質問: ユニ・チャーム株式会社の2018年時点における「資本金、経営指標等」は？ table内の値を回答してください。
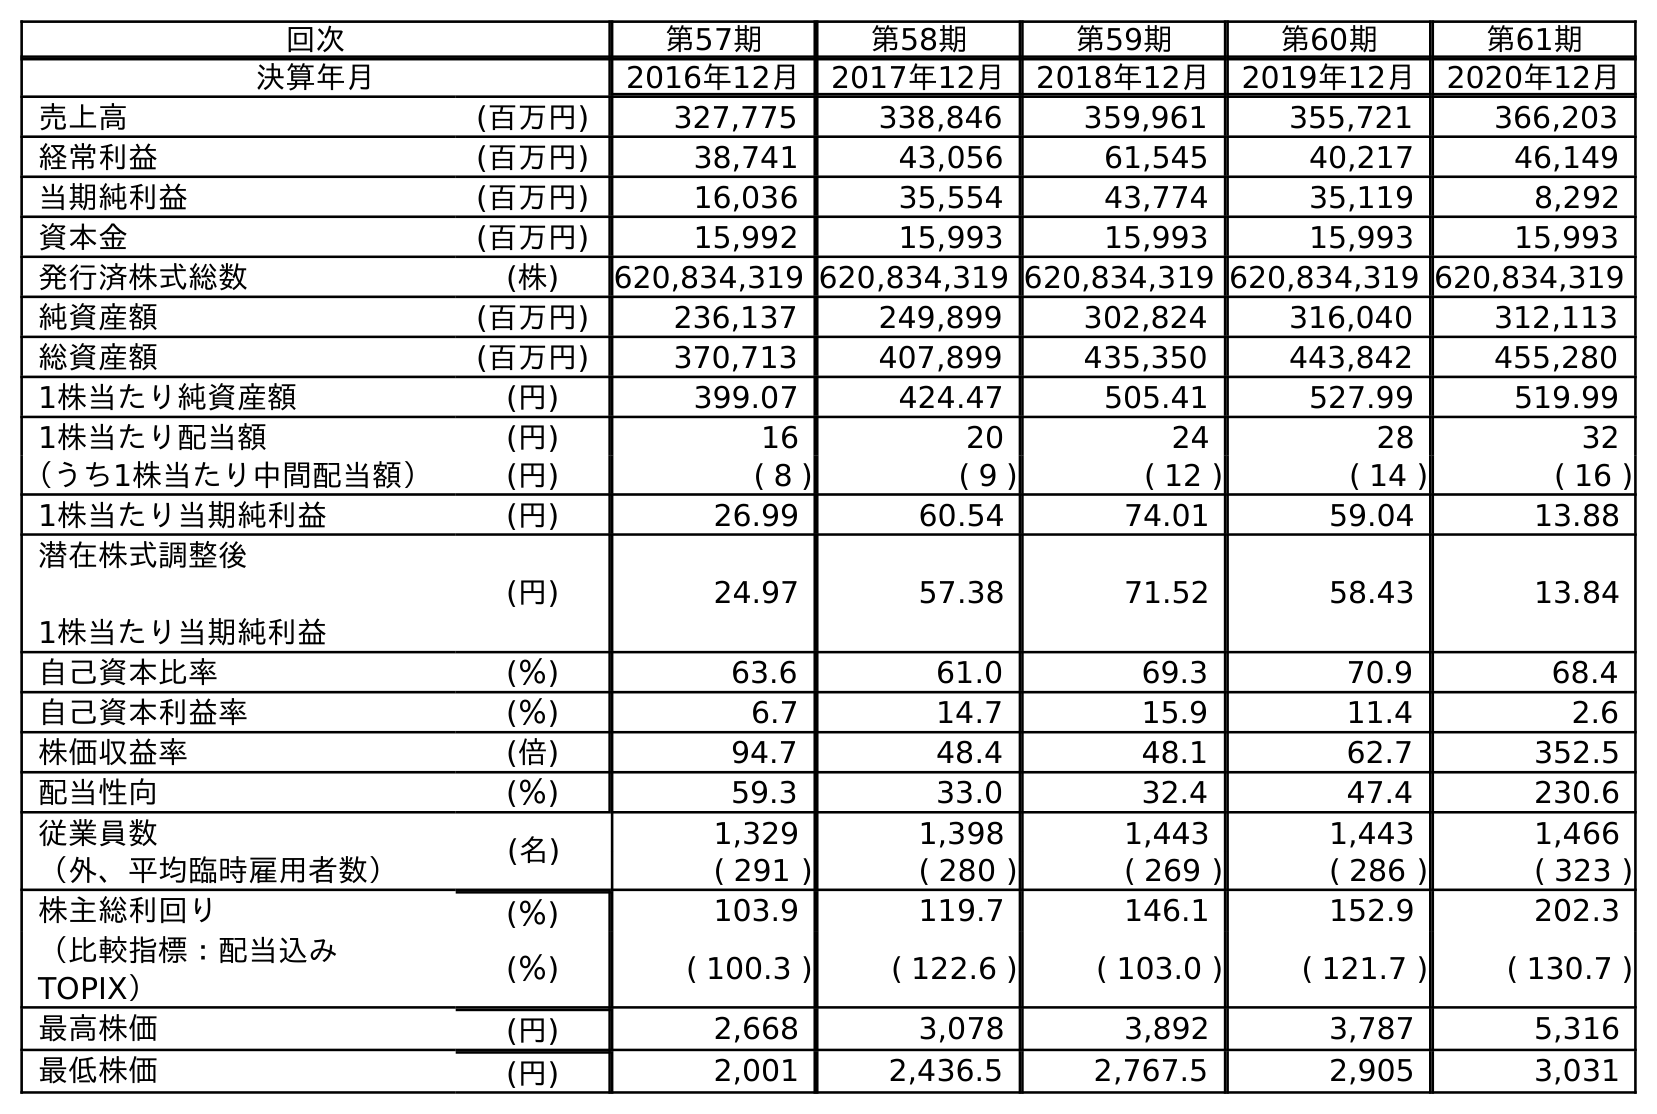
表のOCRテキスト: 回次 第57期 第58期 第59期 第60期 第61期 決算年月 2016年12月 2017年12月 2018年12月 2019年12月 2020年12月 売上高 (百万円) 327,775 338,846 359,961 355,721 366,203 経常利益 (百万円) 38,741 43,056 61,545 40,217 46,149 当期純利益 (百万円) 16,036 35,554 43,774 35,119 8,292 資本金 (百万円) 15,992 15,993 15,993 15,993 15,993 発行済株式総数 (株) 620,834,319 620,834,319 620,834,319 620,834,319 620,834,319 純資産額 (百万円) 236,137 249,899 302,824 316,040 312,113 総資産額 (百万円) 370,713 407,899 435,350 443,842 455,280 1株当たり純資産額 (円) 399.07 424.47 505.41 527.99 519.99 1株当たり配当額 (円) 16 20 24 28 32 （うち1株当たり中間配当額） (円) ( 8 ) ( 9 ) ( 12 ) ( 14 ) ( 16 ) 1株当たり当期純利益 (円) 26.99 60.54 74.01 59.04 13.88 潜在株式調整後 1株当たり当期純利益 (円) 24.97 57.38 71.52 58.43 13.84 自己資本比率 (％) 63.6 61.0 69.3 70.9 68.4 自己資本利益率 (％) 6.7 14.7 15.9 11.4 2.6 株価収益率 (倍) 94.7 48.4 48.1 62.7 352.5 配当性向 (％) 59.3 33.0 32.4 47.4 230.6 従業員数 (名) 1,329 1,398 1,443 1,443 1,466 （外、平均臨時雇用者数） ( 291 ) ( 280 ) ( 269 ) ( 286 ) ( 323 ) 株主総利回り (％) 103.9 119.7 146.1 152.9 202.3 （比較指標：配当込み TOPIX） (％) ( 100.3 ) ( 122.6 ) ( 103.0 ) ( 121.7 ) ( 130.7 ) 最高株価 (円) 2,668 3,078 3,892 3,787 5,316 最低株価 (円) 2,001 2,436.5 2,767.5 2,905 3,031
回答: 15,993